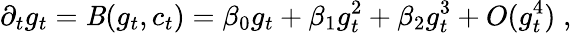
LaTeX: \partial_{t}g_{t}=\mathit{B}(g_{t},c_{t})=\beta_{0}g_{t}+\beta_{1}g_{t}^{2}+\beta_{2}g_{t}^{3}+O(g_{t}^{4})\; ,